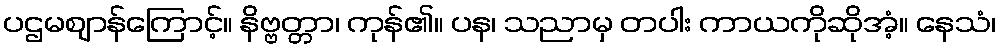
ပဌမဈာန်ကြောင့်။ နိဗ္ဗတ္တာ၊ ကုန်၏။ ပန၊ သညာမှ တပါး ကာယကိုဆိုအံ့။ နေသံ၊